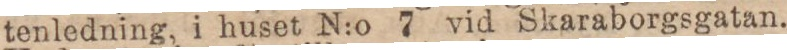
tenledning, i huset N:o 7 vid Skaraborgsgatan.